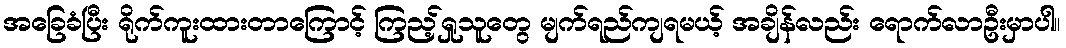
အခြေခံပြီး ရိုက်ကူးထားတာကြောင့် ကြည့်ရှုသူတွေ မျက်ရည်ကျရမယ့် အချိန်လည်း ရောက်လာဦးမှာပါ။